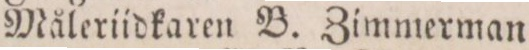
Måleriidkaren B. Zimmerman.